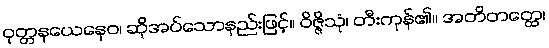
ဝုတ္တနယေနေဝ၊ ဆိုအပ်သောနည်းဖြင့်။ ဝိဇ္ဇိသုံ၊ တီးကုန်၏။ အတိတတ္ထေ၊